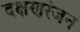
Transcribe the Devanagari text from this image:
दक्षणरंजन